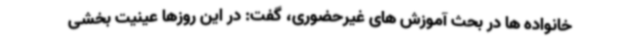
خانواده ها در بحث آموزش های غیرحضوری، گفت: در این روزها عینیت بخشی